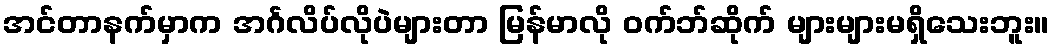
အင်တာနက်မှာက အင်္ဂလိပ်လိုပဲများတာ မြန်မာလို ဝက်ဘ်ဆိုက် များများမရှိသေးဘူး။